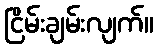
ငြိမ်းချမ်းလျက်။